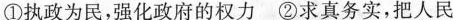
①执政为民，强化政府的权力 ②求真务实，把人民